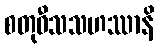
စတုဝီသသဟဿာနိ